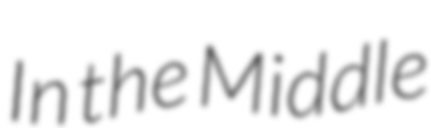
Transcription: In the Middle